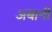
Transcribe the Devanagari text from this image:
अबानी